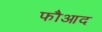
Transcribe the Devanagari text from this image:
फौआद